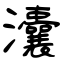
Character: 灢